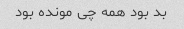
بد بود همه چی مونده بود